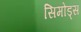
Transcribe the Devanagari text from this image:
सिमोंड्स